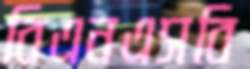
বিএনএসবি